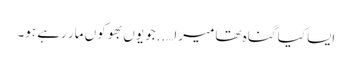
ایسا کیا گناہ تھا میرا…..جو یوں بھوکوں مار رہے ہو۔